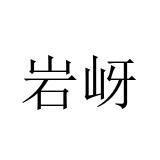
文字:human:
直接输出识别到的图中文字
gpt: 岩岈